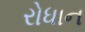
રોધાન